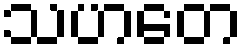
သဟတေ